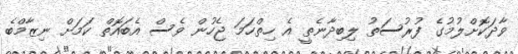
ވާދަކޮށްލުމުގެ ފުރުސަތު ލިބިދާނެތީ އެ ހިތްހަމަ ޖެހުން ވެސް އެބައޮތް ކަމަށް ނިޒާމްބެ